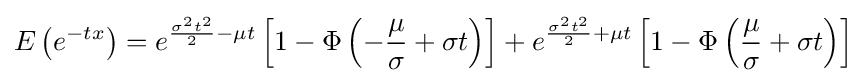
E\left(e^{-tx}\right)=e^{{\frac {\sigma ^{2}t^{2}}{2}}-\mu t}\left[1-\Phi \left(-{\frac {\mu }{\sigma }}+\sigma t\right)\right]+e^{{\frac {\sigma ^{2}t^{2}}{2}}+\mu t}\left[1-\Phi \left({\frac {\mu }{\sigma }}+\sigma t\right)\right]